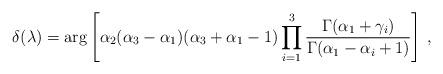
LaTeX: \begin{align*}\delta (\lambda )=\arg \left[\alpha_2 (\alpha_3 -\alpha_1)(\alpha_3 +\alpha_1-1)\prod_{i=1}^3\frac{\Gamma (\alpha_1+\gamma_i)}{\Gamma (\alpha_1-\alpha_i+1)} \right]\, ,\end{align*}